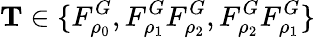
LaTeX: \mathbf{T}\in\{ F_{\rho_{0}}^{G},F_{\rho_{1}}^{G}F_{\rho_{2}}^{G},F_{\rho_{2}}^{G}F_{\rho_{1}}^{G}\}